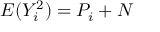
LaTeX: E ( Y _ { i } ^ { 2 } ) = P _ { i } + N \,